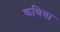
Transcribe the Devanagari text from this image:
कथिया